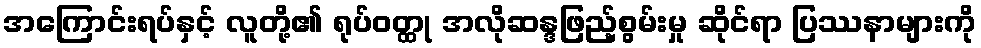
အကြောင်းရပ်နှင့် လူတို့၏ ရုပ်ဝတ္ထု အလိုဆန္ဒဖြည့်စွမ်းမှု ဆိုင်ရာ ပြဿနာများကို